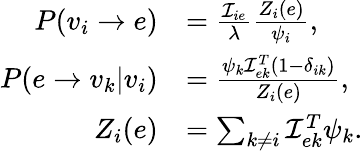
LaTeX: \begin{array}{rl}{P(v_{i}\rightarrow e)}&{=\frac{\mathcal{I}_{ie}}{\lambda}\frac{Z_{i}(e)}{\psi_{i}},}\\ {P(e\rightarrow v_{k}|v_{i})}&{=\frac{\psi_{k}\mathcal{I}_{ek}^{T}(1-\delta_{ik})}{Z_{i}(e)},}\\ {Z_{i}(e)}&{=\sum_{k\neq i}\mathcal{I}_{ek}^{T}\psi_{k}.}\end{array}